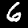
Label: 6